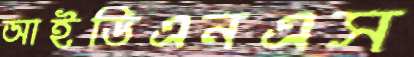
আইডিএনএস